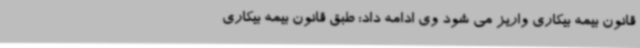
قانون بیمه بیکاری واریز می شود وی ادامه داد: طبق قانون بیمه بیکاری